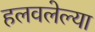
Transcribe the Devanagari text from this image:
हलवलेल्या